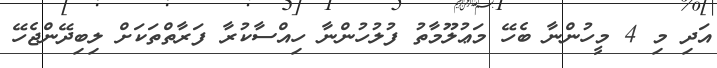
އަދި މި 4 މީހުންނާ ބެހޭ މަޢުލޫމާތު ފުލުހުންނާ ހިއްސާކުރާ ފަރާތްތަކަށް ލިބިދޭންޖެހޭ